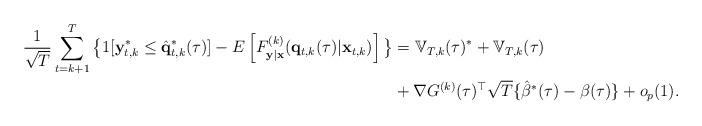
LaTeX: \begin{align*}\frac{1}{\sqrt{T}}\sum_{t=k+1}^{T}\big \{1[\mathbf{y}_{t,k}^{\ast}\leq\hat{\mathbf{q}}_{t,k}^{\ast}(\tau)]-E\left[ F_{\mathbf{y}|\mathbf{x}}^{(k)}(\mathbf{q}_{t,k}(\tau)|\mathbf{x}_{t,k})\right] \big \} &=\mathbb{V}_{T,k}(\tau)^{\ast}+\mathbb{V}_{T,k}(\tau)\\& +\nabla G^{(k)}(\tau)^{\top}\sqrt{T}\{\hat{\beta}^{\ast}(\tau)-\beta(\tau)\}+o_{p}(1).\end{align*}